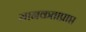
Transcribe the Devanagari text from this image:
मानकताप्राप्त